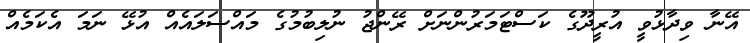
އޭނާ ވިދާޅުވީ އުރީދޫގެ ކަސްޓަމަރުންނަށް ރޭންޖު ނުލިބުމުގެ މައްސަލައެއް އުޅޭ ނަމަ އެކަމެއް